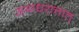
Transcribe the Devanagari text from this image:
अवाधरात्तात्